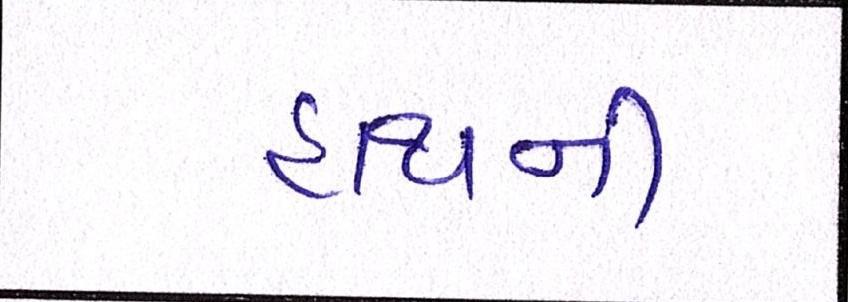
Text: હાથની